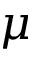
\mu